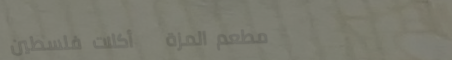
مطعم المزة   أكلات فلسطين